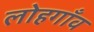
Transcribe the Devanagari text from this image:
लोहगाँव